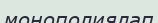
монополиялап